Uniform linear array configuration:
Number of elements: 12
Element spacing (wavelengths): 0.5
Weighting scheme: uniform
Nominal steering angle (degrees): -30
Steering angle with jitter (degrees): -30.888
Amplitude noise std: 0.05
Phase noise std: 0.05

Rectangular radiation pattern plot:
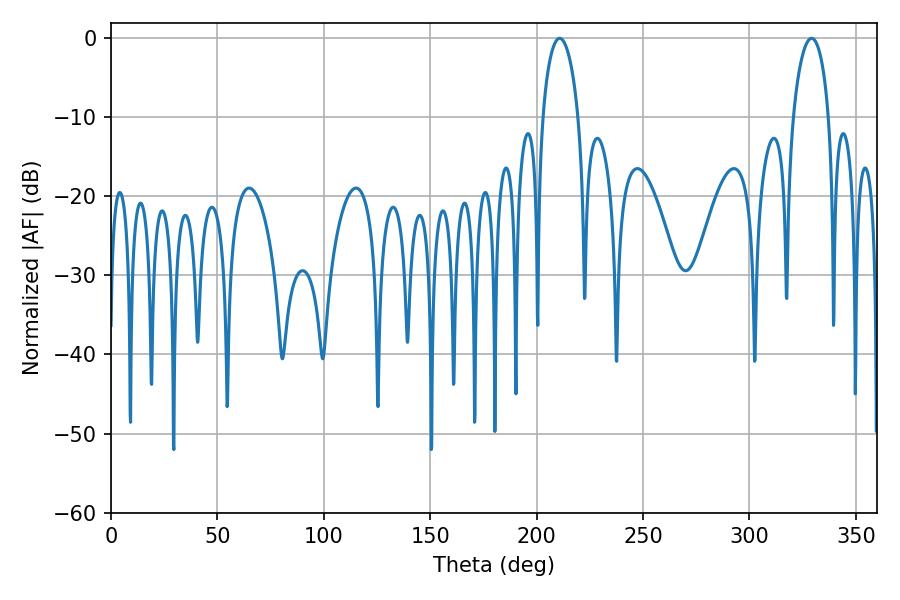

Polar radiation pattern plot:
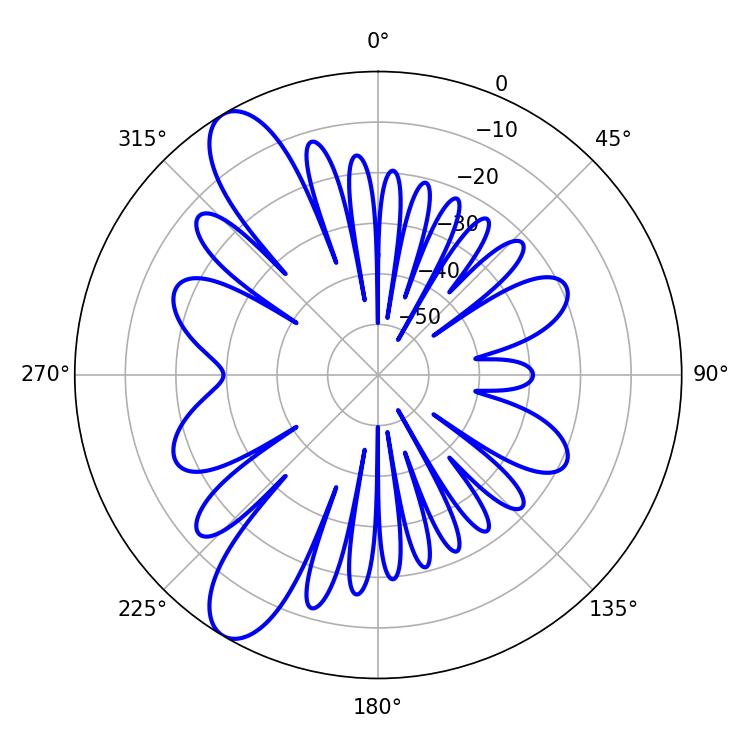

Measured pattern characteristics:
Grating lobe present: FALSE
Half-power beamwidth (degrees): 9.72
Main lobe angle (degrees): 210.78